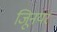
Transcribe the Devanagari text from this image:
जूिनयर